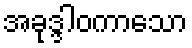
အခုဒ္ဒါဝကာသော